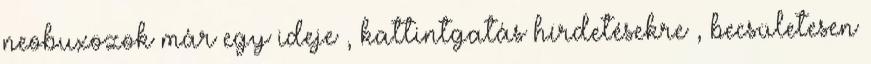
neobuxozok már egy ideje , kattintgatás hírdetésekre , becsületesen